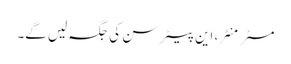
مسٹر منٹر، این پیٹر سن کی جگہ لیں گے۔